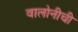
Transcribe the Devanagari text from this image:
वालोनीची